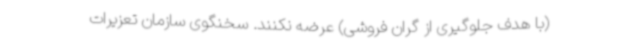
(با هدف جلوگیری از گران فروشی) عرضه نکنند. سخنگوی سازمان تعزیرات